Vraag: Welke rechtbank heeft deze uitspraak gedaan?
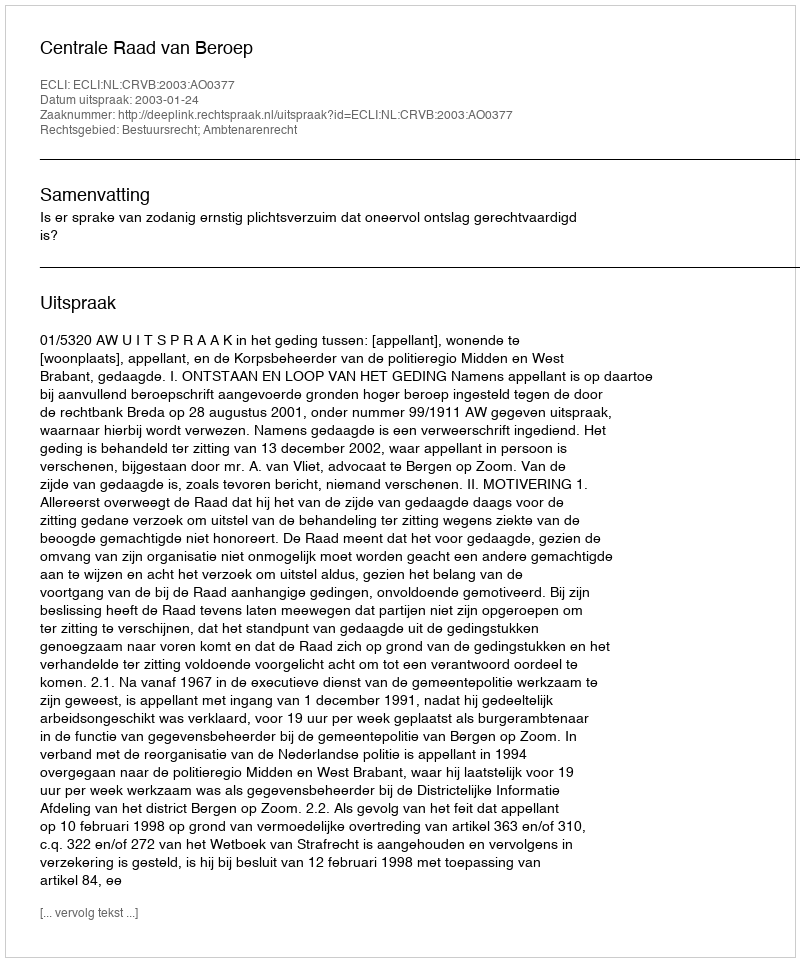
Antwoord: Centrale Raad van Beroep